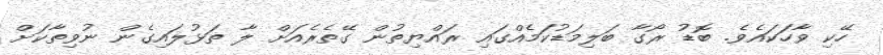
ހޭކި ވާހަކައެވެ. ބޮޑު ރޯގާ ބަލިމަޑުކަމެއްގައި ރައްޔިތުން ގޭތެރެއަށް ލާ ތަޅުލައިގެން ނުވިތާކަށް